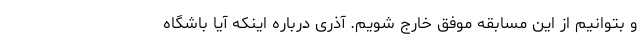
و بتوانیم از این مسابقه موفق خارج شویم. آذری درباره اینکه آیا باشگاه